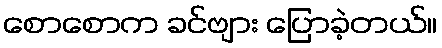
စောစောက ခင်ဗျား ပြောခဲ့တယ်။